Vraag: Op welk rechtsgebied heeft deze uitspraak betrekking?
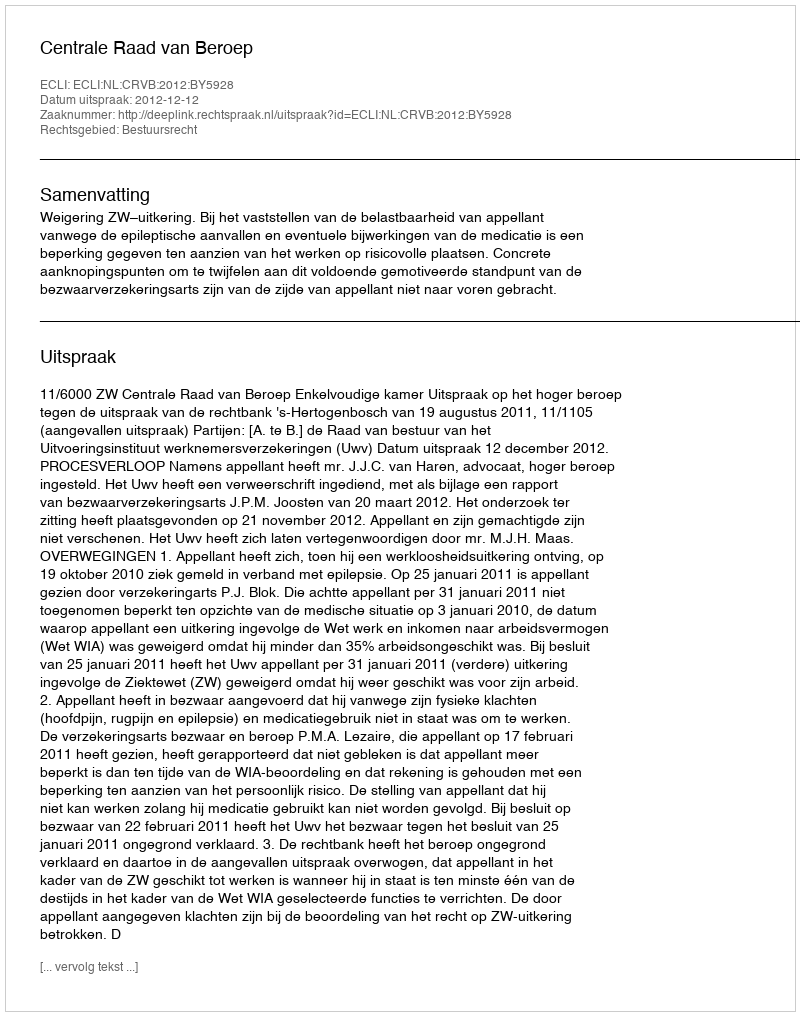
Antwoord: Bestuursrecht